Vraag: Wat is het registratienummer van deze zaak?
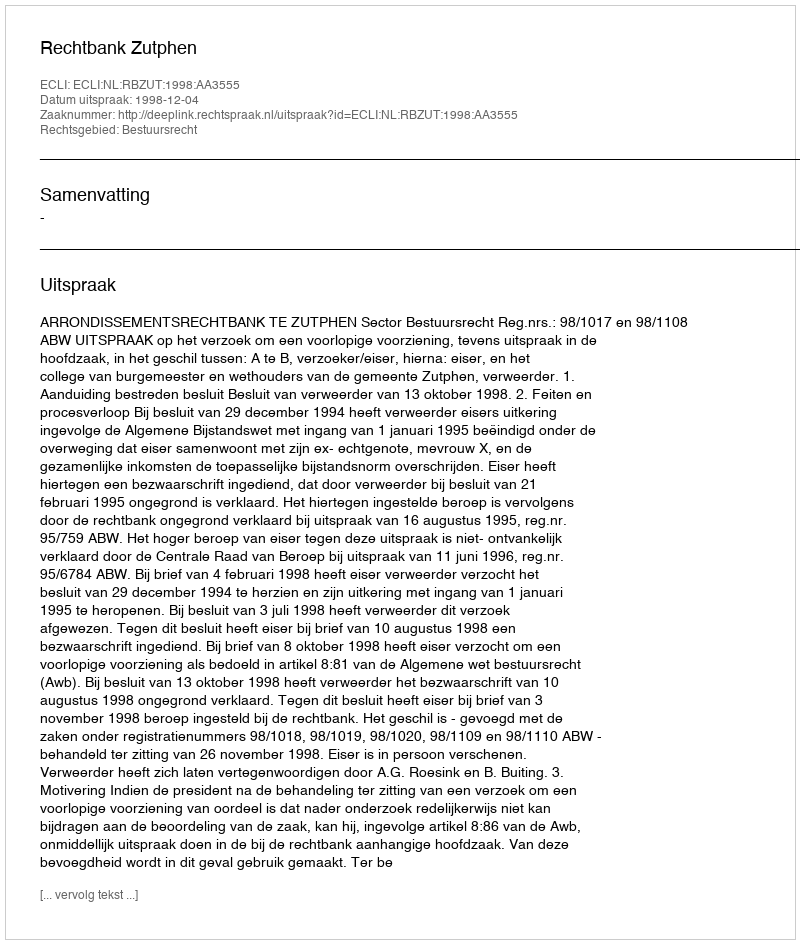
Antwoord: http://deeplink.rechtspraak.nl/uitspraak?id=ECLI:NL:RBZUT:1998:AA3555